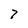
Character: 7